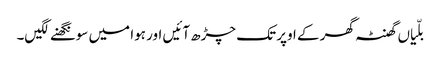
بلّیاں گھنٹہ گھر کے اوپر تک چڑھ آئیں اور ہوا میں سونگھنے لگیں۔